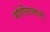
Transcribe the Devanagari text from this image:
मोतीलालांनी